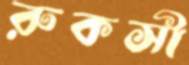
রুকসী